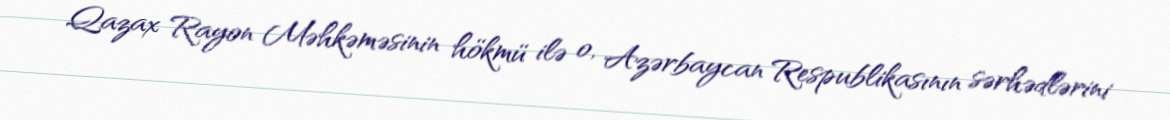
Qazax Rayon Məhkəməsinin hökmü ilə o, Azərbaycan Respublikasının sərhədlərini